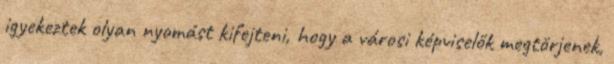
igyekeztek olyan nyomást kifejteni, hogy a városi képviselők megtörjenek,